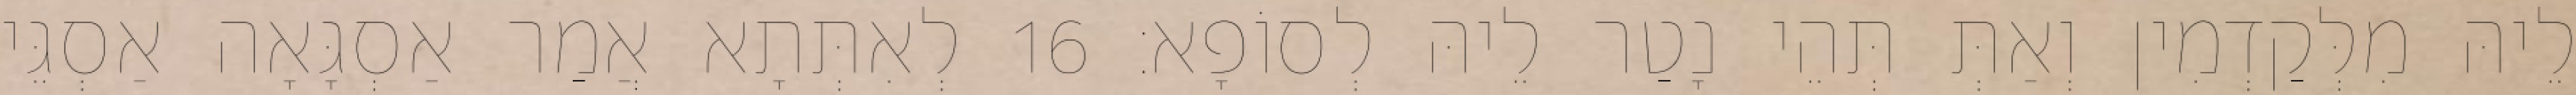
לֵיהּ מִלְּקַדְמִין וְאַתְּ תְּהֵי נָטַר לֵיהּ לְסוֹפָא׃ 16 לְאִתְּתָא אֲמַר אַסְגָּאָה אַסְגֵּי